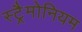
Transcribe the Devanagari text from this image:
स्ट्रैमोनियम